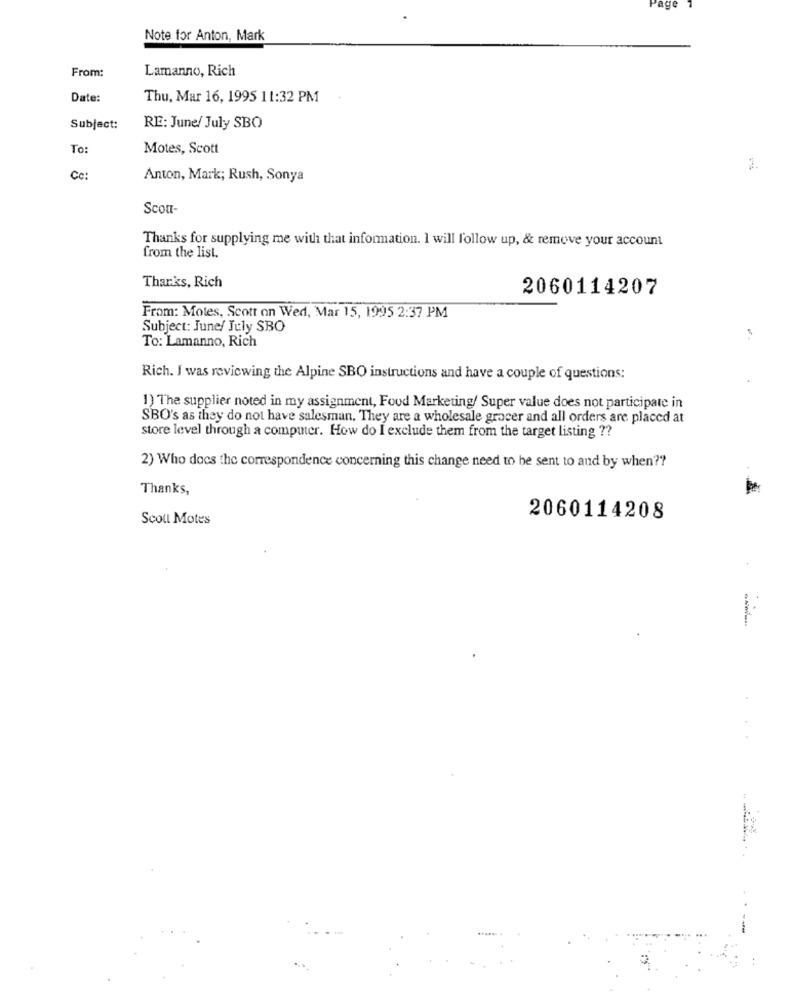
age
Note for Anton, Mark
From:
Lamanno, Rich
Date:
Thu, Mar 16, 1995 11:32 PM
Subject:
RE: June/ July SBO
To:
Motes, Scott
3.
Cc:
Anton, Mark; Rush, Sonya
Scou-
Thanks for supplying me with that information. I will follow up, & remove your account
from the list.
Thanks, Rich
2060114207
From: Motes, Scott on Wed, Mar 15, 1995 2:37 PM
Subject: June/ July SBO
To: Lamanno, Rich
Rich. I was reviewing the Alpine SBO instructions and have a couple of questions:
1) The supplier noted in my assignment, Food Marketing/ Super value does not participate in
SBO's as they do not have salesman. They are a wholesale grocer and all orders are placed at
store level through a computer. How do I exclude them from the target listing ??
2) Who does the correspondence concerning this change need to be sent to and by when ??
Thanks,
Scout Motes
2060114208
..